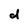
Character: d